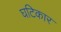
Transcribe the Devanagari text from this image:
घटिकार